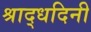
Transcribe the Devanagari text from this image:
श्राद्धदिनी